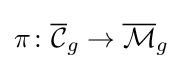
\pi \colon {\overline {\mathcal {C}}}_{g}\to {\overline {\mathcal {M}}}_{g}